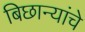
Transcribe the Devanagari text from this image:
बिछान्यांचे